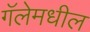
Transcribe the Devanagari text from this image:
गॅलेमधील